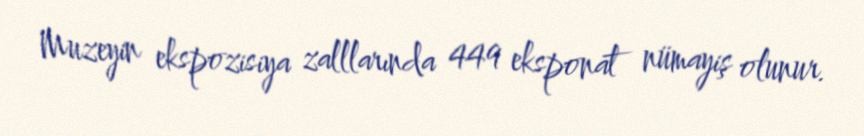
Muzeyin ekspozisiya zalllarında 449 eksponat nümayiş olunur.